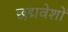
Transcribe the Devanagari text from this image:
छद्मवेशों